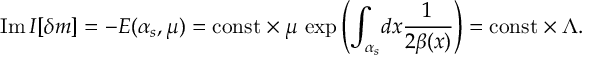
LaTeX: \mathrm { I m } \, I [ \delta m ] = - E ( \alpha _ { s } , \mu ) = \mathrm { c o n s t } \times \mu \, \exp \left( \int _ { \alpha _ { s } } \! d x \frac { 1 } { 2 \beta ( x ) } \right) = \mathrm { c o n s t } \times \Lambda .